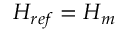
H _ { r e f } = H _ { m }